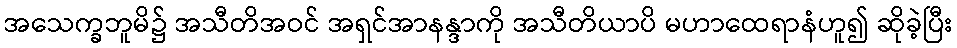
အသေက္ခဘူမိ၌ အသီတိအဝင် အရှင်အာနန္ဒာကို အသီတိယာပိ မဟာထေရာနံဟူ၍ ဆိုခဲ့ပြီး